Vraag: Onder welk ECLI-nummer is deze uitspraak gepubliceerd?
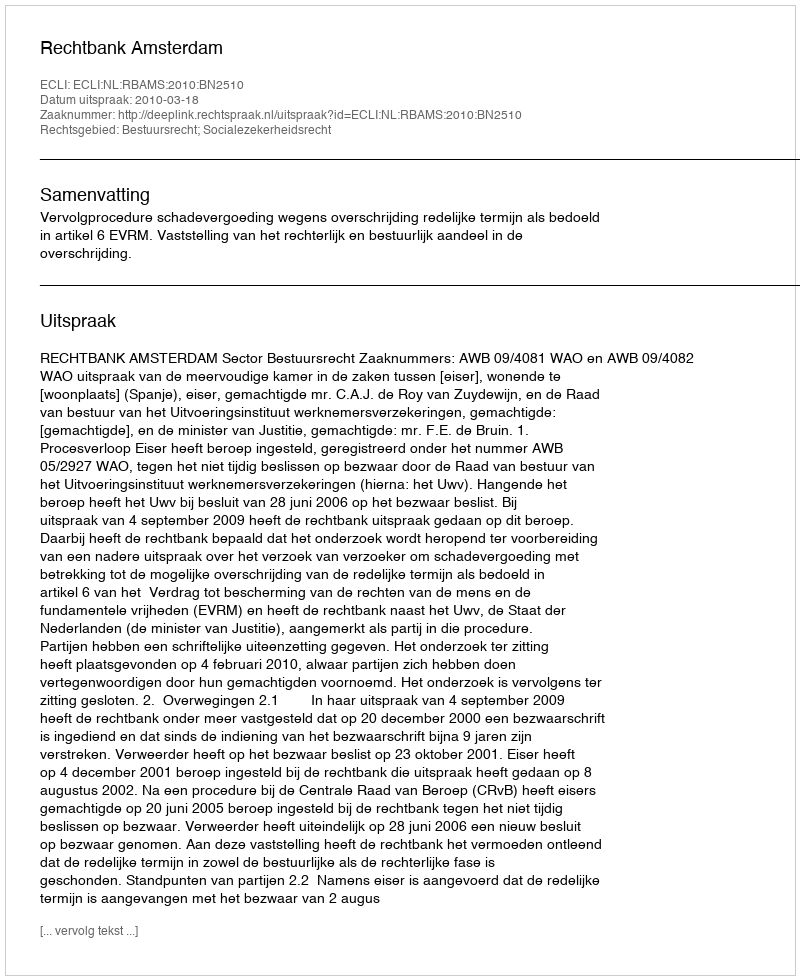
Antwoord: ECLI:NL:RBAMS:2010:BN2510